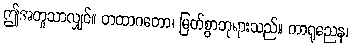
ဤအတူသာလျှင်။ တထာဂတော၊ မြတ်စွာဘုရားသည်။ ကာရုညေန၊